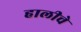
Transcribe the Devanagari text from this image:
हालीचे